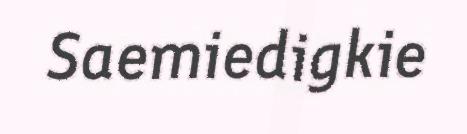
Saemiedigkie